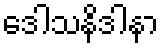
ဒေါသနိဒါနာ